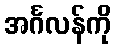
အင်္ဂလန်ကို